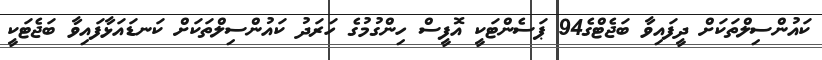
ކައުންސިލްތަކަށް ދީފައިވާ ބަޖެޓްގެ94 ޕަސެންޓަކީ އޮފީސް ހިންގުމުގެ ހަރަދު ކައުންސިލްތަކަށް ކަނޑައަޅާފައިވާ ބަޖެޓަކީ